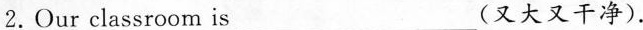
2. Our classroom is ___（又大又干净）.